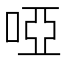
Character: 啞